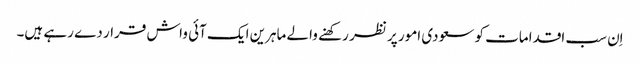
اِن سب اقدامات کو سعودی امور پر نظر رکھنے والے ماہرین ایک آئی واش قرار دے رہے ہیں۔